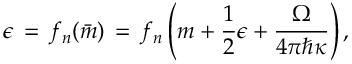
\epsilon \, = \, f _ { n } ( \bar { m } ) \, = \, f _ { n } \left( m + { \frac { 1 } { 2 } } \epsilon + { \frac { \Omega } { 4 \pi \hbar \kappa } } \right) ,